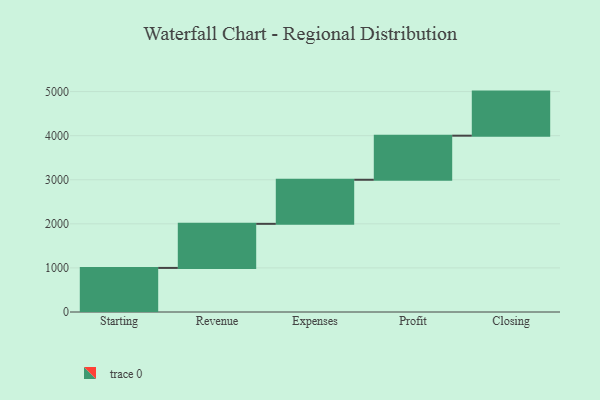
{"axis": {"x": "Step", "y": "Value"}, "legend": [""], "data": [{"x": "Starting", "y": 1000, "type": ""}, {"x": "Revenue", "y": 1000, "type": ""}, {"x": "Expenses", "y": 1000, "type": ""}, {"x": "Profit", "y": 1000, "type": ""}, {"x": "Closing", "y": 1000, "type": ""}]}